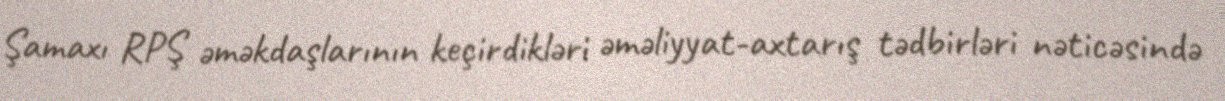
Şamaxı RPŞ əməkdaşlarının keçirdikləri əməliyyat-axtarış tədbirləri nəticəsində